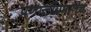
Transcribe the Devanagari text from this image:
प्रणालींप्रमाणेच